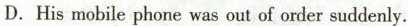
D.His mobile phone was out of order suddenly.